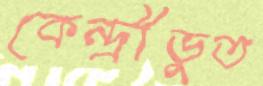
কেন্দ্রীভুত